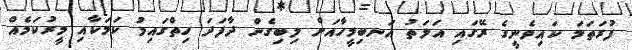
ފުރަތަމަ ކައިވެނީގެ ރޭގައި އަލަތު އަނބިމީހާއަށް ލިބިގެން ދާފަދަ ހިތްގައިމު ކަމަކާއި މީރުކަމެއް